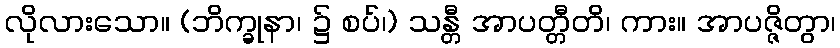
လိုလားသော။ (ဘိက္ခုနာ၊ ၌ စပ်၊) သန္တီ အာပတ္တီတိ၊ ကား။ အာပဇ္ဇိတွာ၊